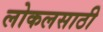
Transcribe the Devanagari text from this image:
लोकलसाठी